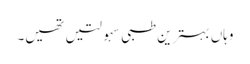
وہاں بہترین طبی سہولتیں تھیں۔